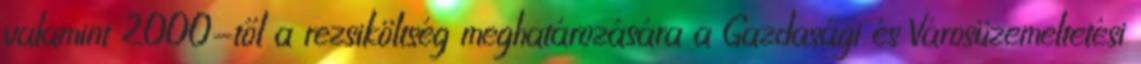
valamint 2000-től a rezsiköltség meghatározására a Gazdasági és Városüzemeltetési